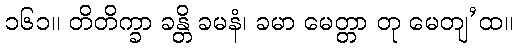
၁၆၁။ တိတိက္ခာ ခန္တိ ခမနံ၊ ခမာ မေတ္တာ တု မေတျ’ထ။